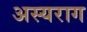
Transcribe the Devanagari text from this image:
अस्यराग